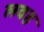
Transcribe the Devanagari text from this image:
लवह